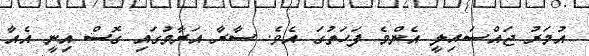
އުމަރު ޖައްސައިލީ އެންމެ ފަހަތުގަ އެވެ. ސާރާ އަރާމުގައި ގޮސް އިނީ އެއާ